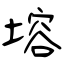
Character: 塎